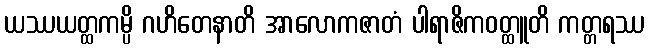
ယဿယတ္ထကမ္ပိ ဂဟိတေနာတိ အာလောကဇာတံ ပါရာဇိကဝတ္ထူတိ ကတ္တရဿ